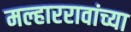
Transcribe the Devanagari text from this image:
मल्हाररावांच्या